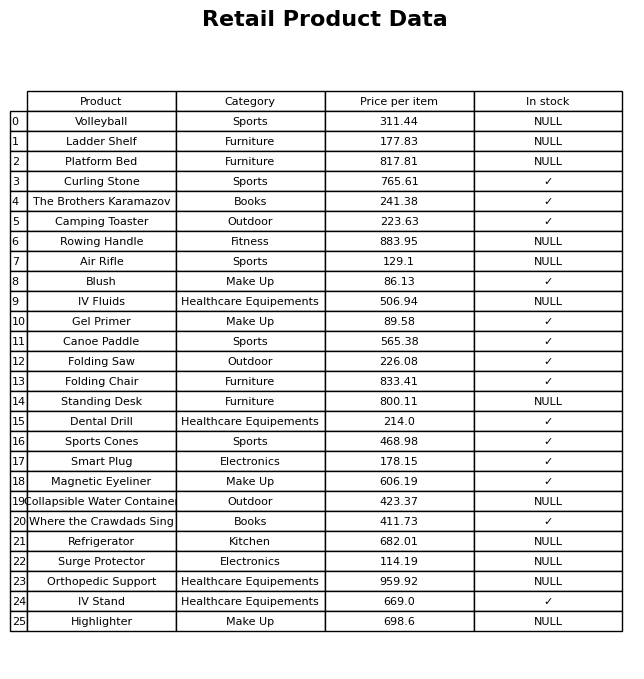
question: What is the price for IV Stand?
answer: The price of IV Stand is 669.0.